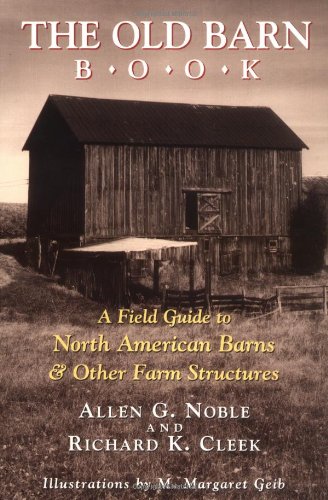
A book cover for The Old Barn Book: A Field Guide to North American Barns & Other Farm Structures; Allen G. Noble; Politics & Social Sciences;